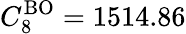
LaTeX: C_{8}^{\mathrm{BO}}=1514.86